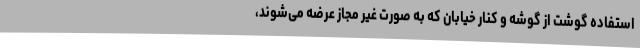
استفاده گوشت از گوشه و کنار خیابان که به صورت غیر مجاز عرضه می‌شوند،